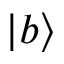
| b \rangle